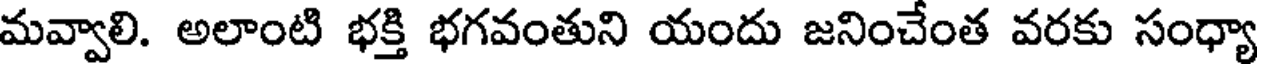
మవ్వాలి. అలాంటి భక్తి భగవంతుని యందు జనించేంత వరకు సంధ్యా